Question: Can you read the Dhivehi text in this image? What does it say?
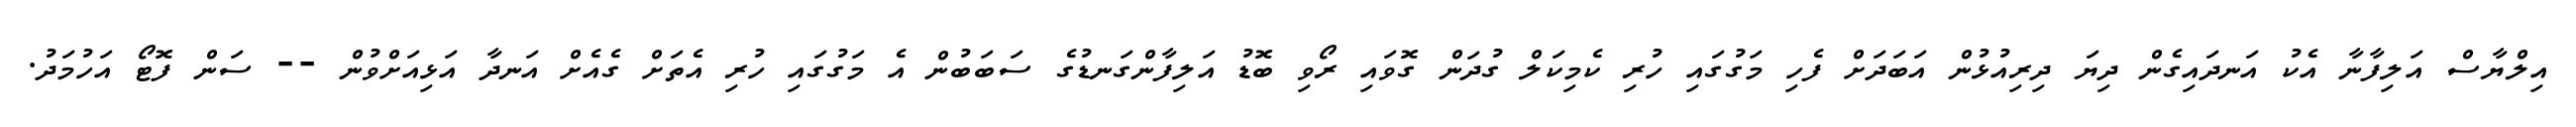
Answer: އިލްޔާސް އަލިފާނާ އެކު އަނދައިގެން ދިޔަ ދިރިއުޅުން އަބަދަށް ފެހި މަގުގައި ހުރި ކެމިކަލް ގުދަން ގޮވައި ރޯވި ބޮޑު އަލިފާންގަނޑުގެ ސަބަބުން އެ މަގުގައި ހުރި އެތަށް ގެއެށް އަނދާ އަޅިއަށްވުން -- ސަން ފޮޓޯ އަހުމަދު.